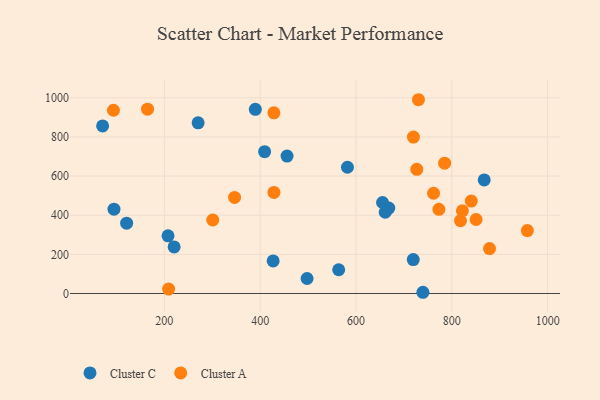
{"axis": {"x": "Distance", "y": "Fuel Efficiency"}, "legend": ["Cluster A", "Cluster C"], "data": [{"x": "71.2", "y": 856.2, "type": "Cluster C"}, {"x": "427.1", "y": 166.5, "type": "Cluster C"}, {"x": "719.5", "y": 173.1, "type": "Cluster C"}, {"x": "563.9", "y": 121.2, "type": "Cluster C"}, {"x": "94.9", "y": 430.7, "type": "Cluster C"}, {"x": "121.3", "y": 359.4, "type": "Cluster C"}, {"x": "668.5", "y": 436.4, "type": "Cluster C"}, {"x": "497.9", "y": 76.6, "type": "Cluster C"}, {"x": "655.4", "y": 464.8, "type": "Cluster C"}, {"x": "867.6", "y": 580.1, "type": "Cluster C"}, {"x": "270.5", "y": 872.0, "type": "Cluster C"}, {"x": "409.3", "y": 724.8, "type": "Cluster C"}, {"x": "582.2", "y": 644.9, "type": "Cluster C"}, {"x": "389.9", "y": 940.8, "type": "Cluster C"}, {"x": "456.1", "y": 701.9, "type": "Cluster C"}, {"x": "661.0", "y": 415.1, "type": "Cluster C"}, {"x": "739.7", "y": 6.2, "type": "Cluster C"}, {"x": "220.4", "y": 237.8, "type": "Cluster C"}, {"x": "207.7", "y": 294.5, "type": "Cluster C"}, {"x": "730.4", "y": 990.0, "type": "Cluster A"}, {"x": "428.8", "y": 516.5, "type": "Cluster A"}, {"x": "850.7", "y": 378.0, "type": "Cluster A"}, {"x": "840.6", "y": 472.1, "type": "Cluster A"}, {"x": "301.0", "y": 375.5, "type": "Cluster A"}, {"x": "878.7", "y": 229.4, "type": "Cluster A"}, {"x": "209.0", "y": 22.4, "type": "Cluster A"}, {"x": "93.8", "y": 936.2, "type": "Cluster A"}, {"x": "957.7", "y": 321.5, "type": "Cluster A"}, {"x": "818.1", "y": 372.0, "type": "Cluster A"}, {"x": "773.0", "y": 429.9, "type": "Cluster A"}, {"x": "165.0", "y": 941.9, "type": "Cluster A"}, {"x": "726.9", "y": 634.5, "type": "Cluster A"}, {"x": "761.9", "y": 512.2, "type": "Cluster A"}, {"x": "346.6", "y": 490.6, "type": "Cluster A"}, {"x": "785.0", "y": 665.7, "type": "Cluster A"}, {"x": "719.9", "y": 799.3, "type": "Cluster A"}, {"x": "822.1", "y": 422.7, "type": "Cluster A"}, {"x": "428.7", "y": 923.0, "type": "Cluster A"}]}